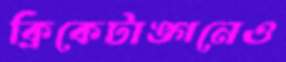
ক্রিকেটাঙ্গনেও